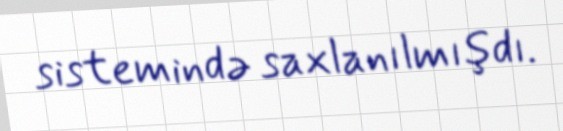
sistemində saxlanılmışdı.